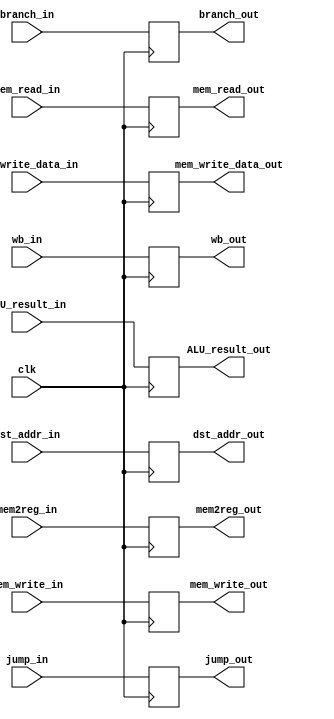
module EX_MEM(
    //outputs
    output wb_out,
    output mem_read_out,
    output mem_write_out,
    output mem2reg_out,
    output branch_out,
    output jump_out,
    output [31:0]mem_write_data_out,
    output [31:0]ALU_result_out,
    output [4:0]dst_addr_out,
    //Inputs
    input wb_in,
    input mem_read_in,
    input mem_write_in,
    input mem2reg_in,
    input branch_in,
    input jump_in,
    input [31:0]mem_write_data_in,
    input [31:0]ALU_result_in,
    input [4:0]dst_addr_in,
    input clk
);
reg wb, mem_read, mem_write, mem2reg, branch, jump;
reg [31:0]ALU_result, mem_write_data;
reg [4:0]dst_addr;

always @(negedge clk) begin
    wb <= wb_in;
    mem_read <= mem_read_in;
    mem_write <= mem_write_in;
    mem2reg <= mem2reg_in;
    branch <= branch_in;
    jump <= jump_in;
    mem_write_data <= mem_write_data_in;
    ALU_result <= ALU_result_in;
    dst_addr <= dst_addr_in;

end
    
assign wb_out = wb;
assign mem_read_out = mem_read;
assign mem_write_out = mem_write;
assign mem2reg_out = mem2reg;
assign branch_out = branch;
assign jump_out = jump;
assign mem_write_data_out = mem_write_data;
assign ALU_result_out = ALU_result;
assign dst_addr_out = dst_addr;
    


endmodule